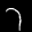
Label: 7